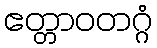
ဧတ္တာဝတဂ္ဂံ